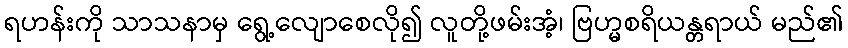
ရဟန်းကို သာသနာမှ ရွေ့လျောစေလို၍ လူတို့ဖမ်းအံ့၊ ဗြဟ္မစရိယန္တရာယ် မည်၏